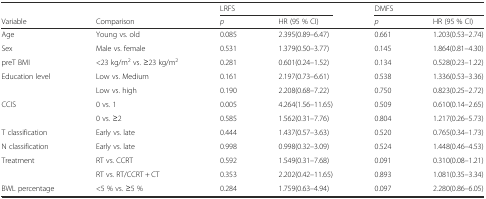
<table><thead><tr><td></td><td></td><td colspan="2"><b>LRFS</b></td><td colspan="2"><b>DMFS</b></td></tr><tr><td><b>Variable</b></td><td><b>Comparison</b></td><td><b><i>p</i></b></td><td><b>HR (95 % CI)</b></td><td><b><i>p</i></b></td><td><b>HR (95 % CI)</b></td></tr></thead><tbody><tr><td>Age</td><td>Young vs. old</td><td>0.085</td><td>2.395(0.89–6.47)</td><td>0.661</td><td>1.203(0.53–2.74)</td></tr><tr><td>Sex</td><td>Male vs. female</td><td>0.531</td><td>1.379(0.50–3.77)</td><td>0.145</td><td>1.864(0.81–4.30)</td></tr><tr><td>preT BMI</td><td>&lt;23 kg/m<sup>2</sup> vs. ≥23 kg/m<sup>2</sup></td><td>0.281</td><td>0.601(0.24–1.52)</td><td>0.134</td><td>0.528(0.23–1.22)</td></tr><tr><td>Education level</td><td>Low vs. Medium</td><td>0.161</td><td>2.197(0.73–6.61)</td><td>0.538</td><td>1.336(0.53–3.36)</td></tr><tr><td></td><td>Low vs. high</td><td>0.190</td><td>2.208(0.68–7.22)</td><td>0.750</td><td>0.823(0.25–2.72)</td></tr><tr><td>CCIS</td><td>0 vs. 1</td><td>0.005</td><td>4.264(1.56–11.65)</td><td>0.509</td><td>0.610(0.14–2.65)</td></tr><tr><td></td><td>0 vs. ≥2</td><td>0.585</td><td>1.562(0.31–7.76)</td><td>0.804</td><td>1.217(0.26–5.73)</td></tr><tr><td>T classification</td><td>Early vs. late</td><td>0.444</td><td>1.437(0.57–3.63)</td><td>0.520</td><td>0.765(0.34–1.73)</td></tr><tr><td>N classification</td><td>Early vs. late</td><td>0.998</td><td>0.998(0.32–3.09)</td><td>0.524</td><td>1.448(0.46–4.53)</td></tr><tr><td>Treatment</td><td>RT vs. CCRT</td><td>0.592</td><td>1.549(0.31–7.68)</td><td>0.091</td><td>0.310(0.08–1.21)</td></tr><tr><td></td><td>RT vs. RT/CCRT + CT</td><td>0.353</td><td>2.202(0.42–11.65)</td><td>0.893</td><td>1.081(0.35–3.34)</td></tr><tr><td>BWL percentage</td><td>&lt;5 % vs. ≥5 %</td><td>0.284</td><td>1.759(0.63–4.94)</td><td>0.097</td><td>2.280(0.86–6.05)</td></tr></tbody></table>